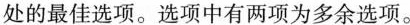
处的最佳选项.选项中有两项为多余选项.